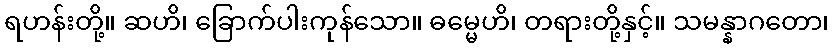
ရဟန်းတို့။ ဆဟိ၊ ခြောက်ပါးကုန်သော။ ဓမ္မေဟိ၊ တရားတို့နှင့်။ သမန္နာဂတော၊